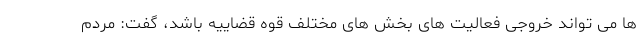
ها می تواند خروجی فعالیت های بخش های مختلف قوه قضاییه باشد، گفت: مردم